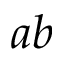
a b